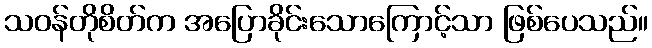
သဝန်တိုစိတ်က အပြောခိုင်းသောကြောင့်သာ ဖြစ်ပေသည်။